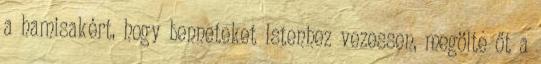
a hamisakért, hogy benneteket Istenhez vezessen, megölte őt a